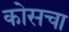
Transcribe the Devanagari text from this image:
कोसचा